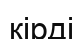
кірді